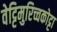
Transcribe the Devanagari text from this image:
वेट्टिमुरिच्चकोट्टा